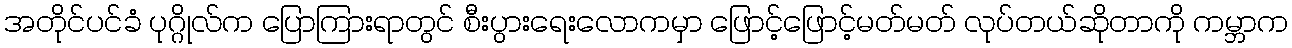
အတိုင်ပင်ခံ ပုဂ္ဂိုလ်က ပြောကြားရာတွင် စီးပွားရေးလောကမှာ ဖြောင့်ဖြောင့်မတ်မတ် လုပ်တယ်ဆိုတာကို ကမ္ဘာက